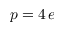
p = 4 \, e